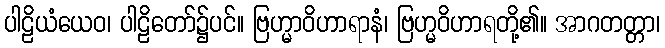
ပါဠိယံယေဝ၊ ပါဠိတော်၌ပင်။ ဗြဟ္မာဝိဟာရာနံ၊ ဗြဟ္မဝိဟာရတို့၏။ အာဂတတ္တာ၊